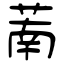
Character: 萳